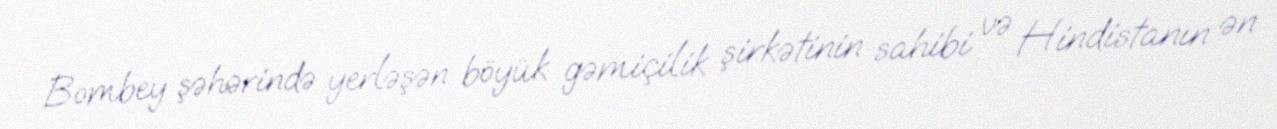
Bombey şəhərində yerləşən böyük gəmiçilik şirkətinin sahibi və Hindistanın ən